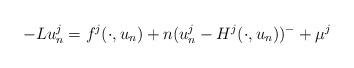
LaTeX: \begin{align*} -Lu_n^j=f^j(\cdot,u_n)+n(u_n^j-H^j(\cdot,u_n))^{-}+\mu^j\end{align*}